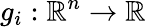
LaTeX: g_{i}:\mathbb{R}^{n}\to\mathbb{R}